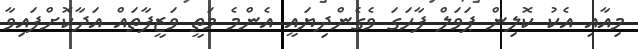
މިއާއި އެކު ކޮލިން ޕަވަލް ފާހަގަ ވެގެންދިޔައީ އެންމެ މަތީ ވަޒީފާތައް އަދާކޮށްފައިވާ